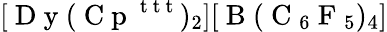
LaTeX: [\mathrm{~D~y~}(\mathrm{~C~p~}^{\mathrm{~t~t~t~}})_{2}][\mathrm{~B~}(\mathrm{~C~}_{6}\mathrm{~F~}_{5})_{4}]